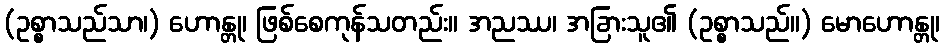
(ဥစ္စာသည်သာ၊) ဟောန္တု၊ ဖြစ်စေကုန်သတည်း။ အညဿ၊ အခြားသူ၏ (ဥစ္စာသည်။) မောဟောန္တု၊